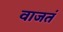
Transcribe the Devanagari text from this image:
वाजतं